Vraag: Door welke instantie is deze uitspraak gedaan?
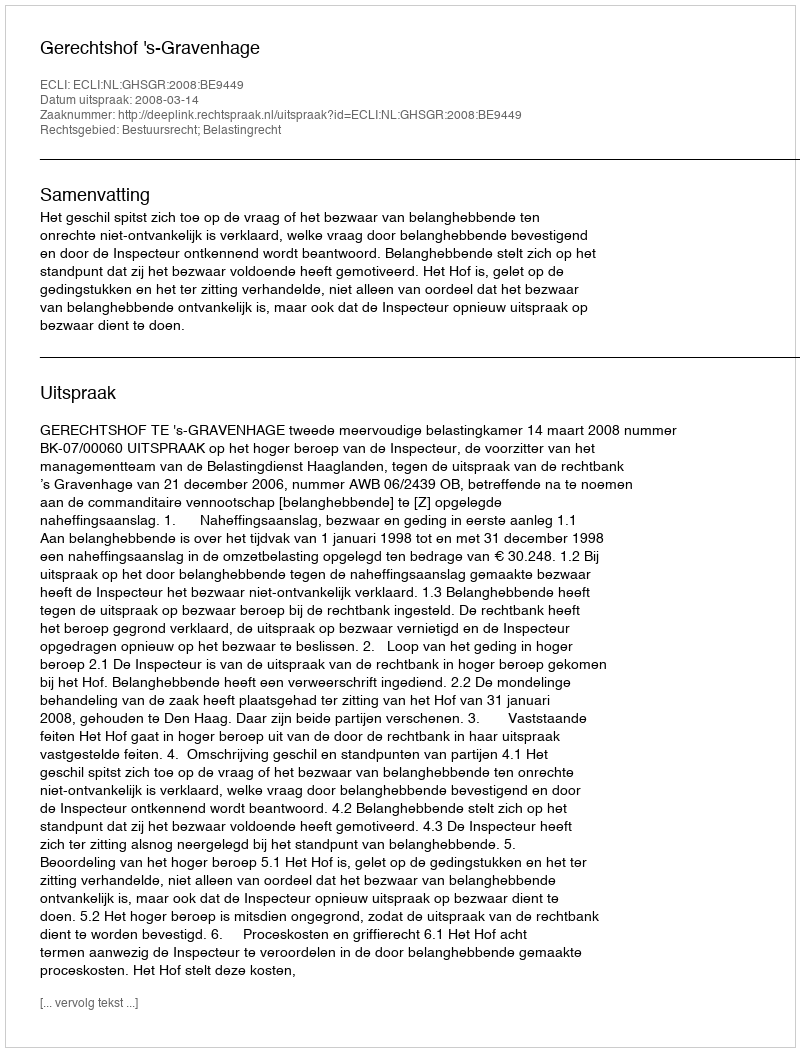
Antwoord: Gerechtshof 's-Gravenhage